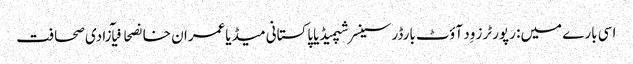
اسی بارے میں: رپورٹرز وِد آؤٹ بارڈرسینسر شپمیڈیاپاکستانی میڈیاعمران خانصحافیآزادی صحافت